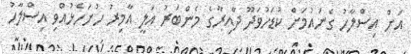
އަށް އިސްލާހު ގެނައުމަށް ކުޑަހުވަދޫ ދާއިރާގެ މެންބަރު އަލީ އާމިރު ހުށަހެޅުއްވި އިސްލާހު